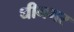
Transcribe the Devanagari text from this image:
धीनगर